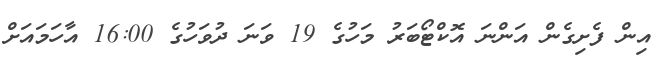
އިން ފެށިގެން އަންނަ އޮކްޓޯބަރު މަހުގެ 19 ވަނަ ދުވަހުގެ 16:00 އާހަމައަށް